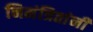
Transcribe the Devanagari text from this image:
निमंत्रितांनी